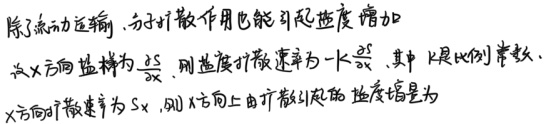
除了流动运输，分子扩散作用也能引起浓度增加。设 \(x\) 方向盐梯为 \(\frac{\partial S}{\partial x}\) ，则盐度扩散速率为 \(-k\frac{\partial S}{\partial x}\) ，其中 \(k\) 是比例常数。\(x\) 方向的扩散速率为 \(S_x\) ，则 \(x\) 方向上由扩散引起的盐度增量为 。